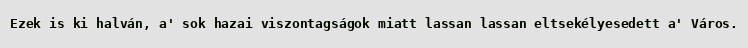
Ezek is ki halván, a' sok hazai viszontagságok miatt lassan lassan eltsekélyesedett a' Város.